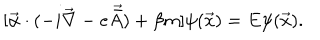
[ \vec { \alpha } \cdot ( - i \vec { \nabla } - e \vec { \bar { A } } ) + \beta m ] \psi ( \vec { x } ) = E \psi ( \vec { x } ) .